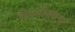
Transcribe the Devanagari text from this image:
समसीसकथा